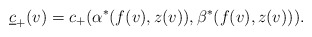
\begin{align*} \underline{c}_+(v)=c_+(\alpha^\ast(f(v),z(v)),\beta^\ast(f(v),z(v))).\end{align*}